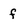
Character: f